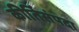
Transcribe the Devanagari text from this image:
कीर्तिसंपदा